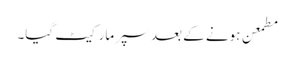
مطمعن ہونے کے بعد سپر مارکیٹ گیا۔